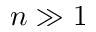
n \gg 1